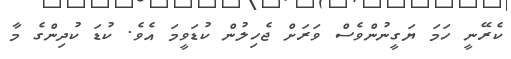
ކެރޭނީ ހަމަ ޔަގީނުންވެސް ވަރަށް ޖެހިލުން ކުޑަވީމަ އެވެ. ކުޑަ ކުދިންގެ މާ